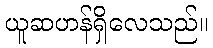
ယူဆဟန်ရှိလေသည်။